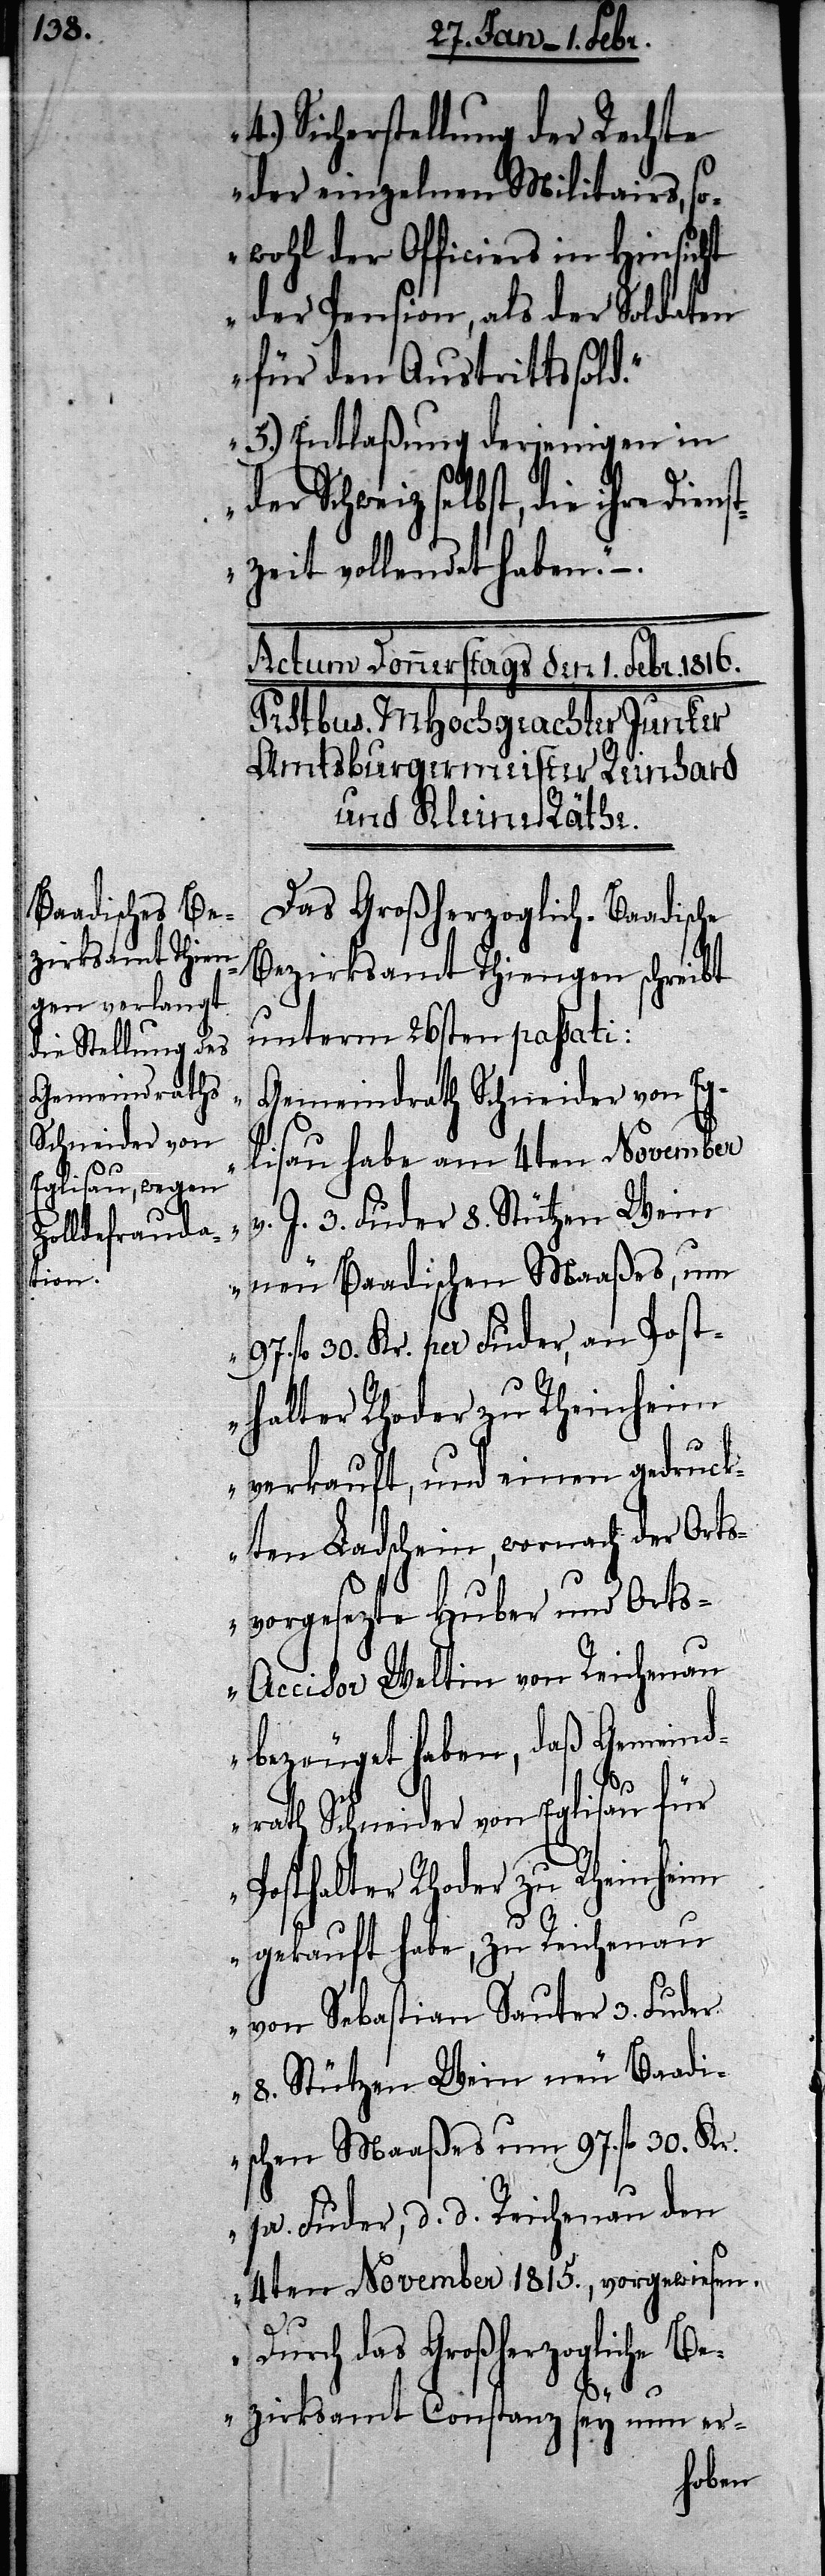
4.) Sicherstellung der Rechte
der einzelnen Militairs, so¬
wohl der Officiers in Hinsicht
der Pension, als der Soldaten
für den Austrittssold.
5.) Entlaßung derjenigen in
der Schweiz selbst, die ihre
stzeit vollendet haben.“ –
Das Großherzoglich-Baadische
Bezirksamt Thiengen schreibt
unterm 26sten passati:
„Gemeindrath Scheider von Eg¬
lisau habe am 4ten November
J. 3. Fuder 8. Stützen Wein
Dien¬
neu Baadischen Maaßes, um
v.
97. fl. 30. Kr. per Fuder, an Post¬
halter Rhoder zu Rheinheim
verkauft, und einen gedruck¬
ten Ladschein, wornach der Orts¬
vorgesezte Huber und Ort¬
s-Accisor Weltin von Reichenau
bezeuget haben, daß Gemeind¬
rath Schneider von Eglisau für
Posthalter Rhoder zu Rheinheim
gekauft habe, zu Reichnau
von Sebastian Sauter 3. Fuder
8. Stützen Wein neu Baadi¬
schen Maaßes um 97. fl. 30. Kr.
pro. Fuder, d. d. Reichenau den
4ten November 1815., vorgewiesen.
Durch das Großherzogliche Be¬
zirksamt Constanz sey nun er-